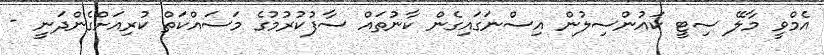
އެމްވީ މާލޭ ސިޓީ ކައުންސިލުން އިސްނަގައިގެން ކާނުތައް ސާފުކުރުމުގެ މަސައްކަތް ކުރިއަށްގެންދަނީ -